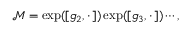
\mathcal { M } = \exp ( [ g _ { 2 } , \cdot \, ] ) \exp ( [ g _ { 3 } , \cdot \, ] ) \cdots ,